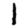
Digit: 1